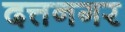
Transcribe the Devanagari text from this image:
दत्तनगर